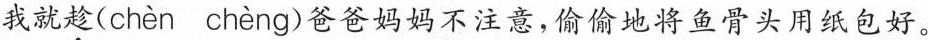
我就\underset{·}{趁}( chèn chèng )爸爸妈妈不注意，偷偷地将鱼骨头用纸包好。